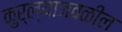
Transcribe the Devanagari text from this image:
कुर्ल्याजवळील